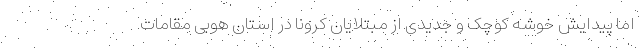
اما پیدایش خوشه کوچک و جدیدی از مبتلایان کرونا در استان هوبی مقامات